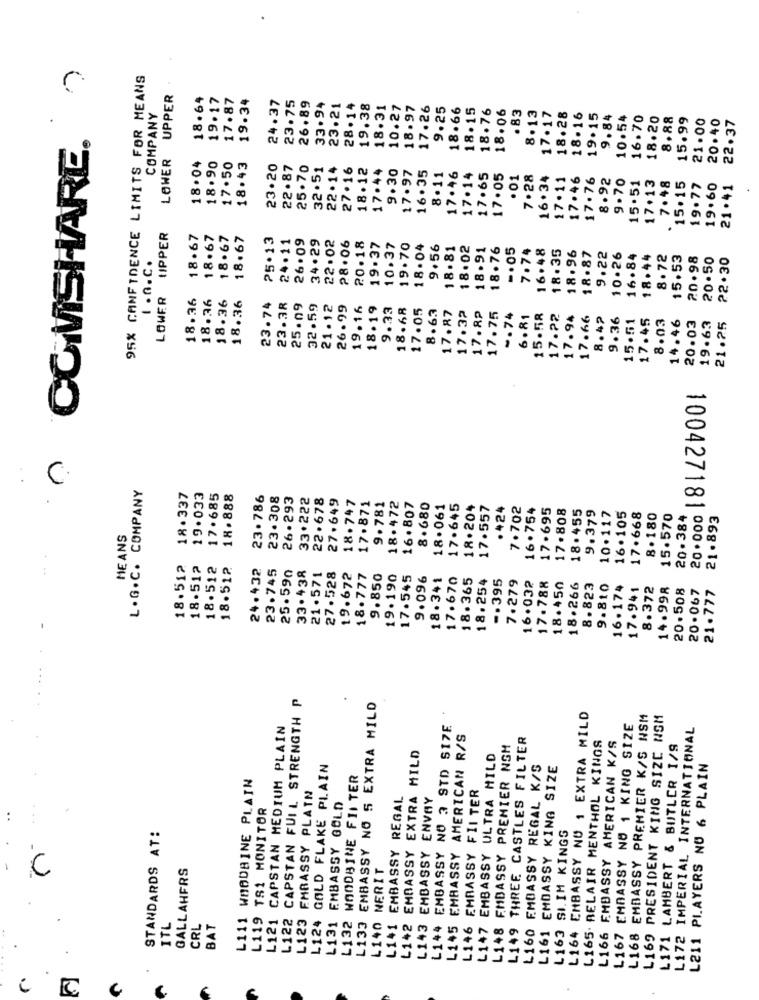
95% CANFIDENCE LIMITS FOR MEANS
LOWER UPPER
18.64
19.17
17.87
19.34
24.37
23.75
26.89
33.94
23.21
28.14
19.38
18.31
10.27
18.97
17.26
9.25
18.66
18.15
18.76
COMPANY
18.06
.83
8.13
17.17
18.28
18.16
19.15
9.84
10.54
16.70
18.20
8.88
15.99
21.00
20.40
22.37
· COMSHARE.
18.04
17.50
18.90
18.43
23.20
22.87
25.70
32.51
22 .14
27.16
18.12
17.44
9.30
17.97
16.35
8.11
17.46
17.14
17.65
17.05
. 01
7.28
16.34
17.11
17.46
17.76
8.92
9.70
17.13
15.51
7.48
15.15
19.77
19.60
21 .41
..
LOWER UPPER
18.67
18.67
18.67
18.67
25.13
24.11
26.09
34.29
22.02
28.06
20.18
19.37
10.37
19.70
18.04
9.56
18.81
18.02
18.91
18.76
-. 05
7.74
16.48
18.35
18.96
18.87
9.22
10.26
16.84
18.44
8.72
15.53
20.98
20.50
22.30
1 .n. C.
18.36
18.36
18.36
18.36
23.74
23.38
25. 09
32.59
21.12
26.99
19.16
18.19
9.33
18.68
17.05
8.63
17.75
17.87
17.32
17.89
-. 74
6.81
15.58
17.22
17.94
17.66
8.42
9.36
15.51
17.45
8.03
14.46
20.03
19.63
21.25
L . G .C. COMPANY
18 . 337
19.033
17.685
18.888
23.786
23.308
26.293
33.222
22.678
27.649
18.472
18.747
17.871
9.781
16.807
8.680
18.061
17.645
18.204
17.557
. 424
7.702
16.754
17.695
17.808
18.455
9.379
10.117
16.105
17.668
8.180
15.570
20.384
21.893
MEANS
18.512
18.512
18.512
18.512
24.432
23.745
25.590
33.438
21.571
27.528
19.672
18.777
9.850
19.190
17.545
9.096
18.341
17.670
18.365
18.254
-. 395
7.279
100427181000.02
16.032
17.788
18.450
18.266
8.823
9.810
16.174
17.941
8.372
14.998
20.508
20.067
21.777
L122 CAPSTAN FULL STRENGTH P
EMBASSY NO S EXTRA MILO
EMBASSY NU 1 EXTRA MILD
L168 EMBASSY PREMIER K/S NSM
L169 PRESIDENT KING SIZE NSM
L121 CAPSTAN MEDIUM PLAIN
NO 3 STD SIZE
L167 EMBASSY NO 1 KING SIZE
L172 IMPERIAL INTERNATIONAL
EMBASSY AMERICAN R/S
THREE CASTLES FILTER
L165. BELAIR MENTHOL KINGS
L148 EMBASSY PREMIER NSM
L166 EMBASSY AMERICAN K/S
L171 LAMBERT & BUTLER 1/9
L1+2 EMBASSY EXTRA MILD
EMBASSY ULTRA MILD
GOLD FLAKE PLAIN
EMBASSY REGAL K/S
EMBASSY KING SIZE
L211 PLAYERS NU 6 PLAIN
L111 WOODBINE PLAIN
L132 WOODBINE FILTER
L123 EMBASSY PLATN
EMBASSY FII TER
L141 EMBASSY REGAL
ENVAY
L119 TS1 MONITOR
L131 EMBASSY GOLD
STANDARDS AT:
SI.IM KINGS
L143 EMBASSY
EMBASSY
GALLAHFRS
NERIT
C
L124
L140
ITL
CRL
BAT
L133
L144
L145
L146
L147
L149
L160
L163
L164
L161
c